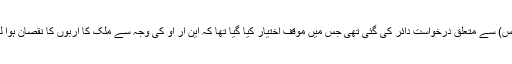
یادرہے کہ سپریم کورٹ میں این آر او (قومی مفاہمتی آرڈیننس) سے متعلق درخواست دائر کی گئی تھی جس میں موقف اختیار کیا گیا تھا کہ این آر او کی وجہ سے ملک کا اربوں کا نقصان ہوا لہذا قانون بنانے والوں سے نقصان کی رقم وصول کی جائے۔